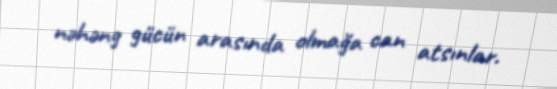
nəhəng gücün arasında olmağa can atsınlar.